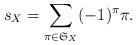
LaTeX: \begin{align*} s_X = \sum_{\pi \in \mathfrak{S}_X} (-1)^\pi \pi. \end{align*}